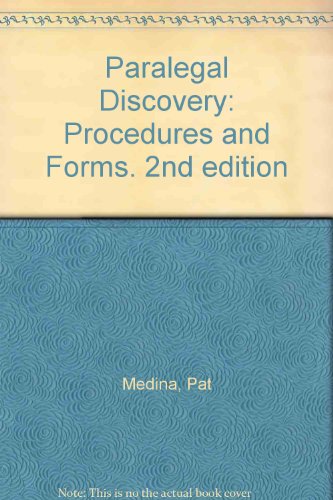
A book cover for Paralegal Discovery: Procedures and Forms (Paralegal Law Library); Pat Medina; Law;